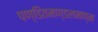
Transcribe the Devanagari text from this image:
पण्डितमण्डलमण्न